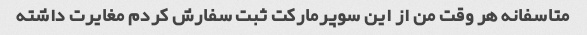
متاسفانه هر وقت من از این سوپرمارکت ثبت سفارش کردم مغایرت داشته